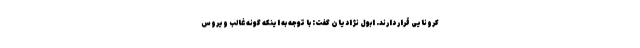
کرونایی قرار دارند. ابول نژادیان گفت: با توجه به اینکه گونه غالب ویروس